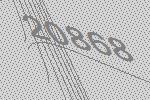
20868